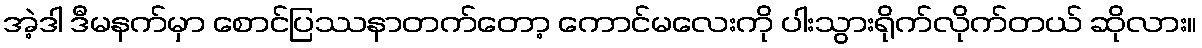
အဲ့ဒါ ဒီမနက်မှာ စောင်ပြဿနာတက်တော့ ကောင်မလေးကို ပါးသွားရိုက်လိုက်တယ် ဆိုလား။